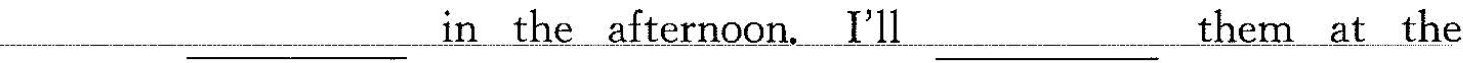
___ in the afternoon. I'll ___ them at the